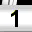
Digit: 1